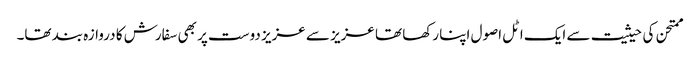
ممتحن کی حیثیت سے ایک اٹل اصول اپنا رکھا تھا عزیز سے عزیز دوست پر بھی سفارش کا دروازہ بند تھا۔